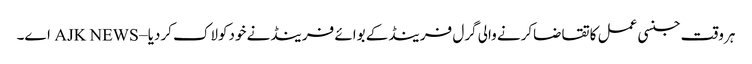
ہروقت جنسی عمل کاتقاضاکرنے والی گرل فرینڈکے بوائے فرینڈنے خودکولاک کردیا – AJK NEWS اے۔